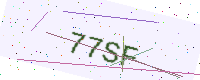
Text: 77SF